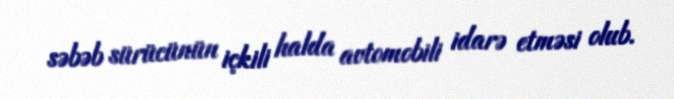
səbəb sürücünün içkili halda avtomobili idarə etməsi olub.